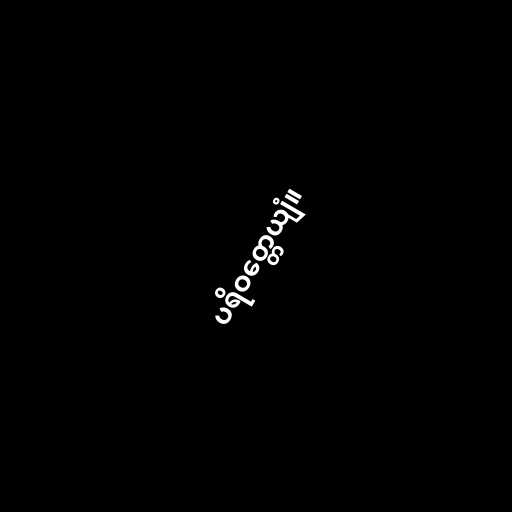
ပရိဝတ္တေယျံ။